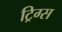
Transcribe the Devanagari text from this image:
ट्रिग्स